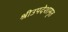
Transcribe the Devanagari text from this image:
श्रीउपदेशामृत